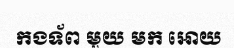
កងទ័ព មួយ មក អោយ